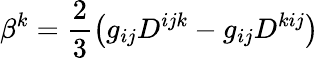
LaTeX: \beta^{k}=\frac 23\left(g_{ij}D^{ijk}-g_{ij}D^{kij}\right)